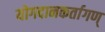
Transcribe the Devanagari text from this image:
योगदानकर्तागण्